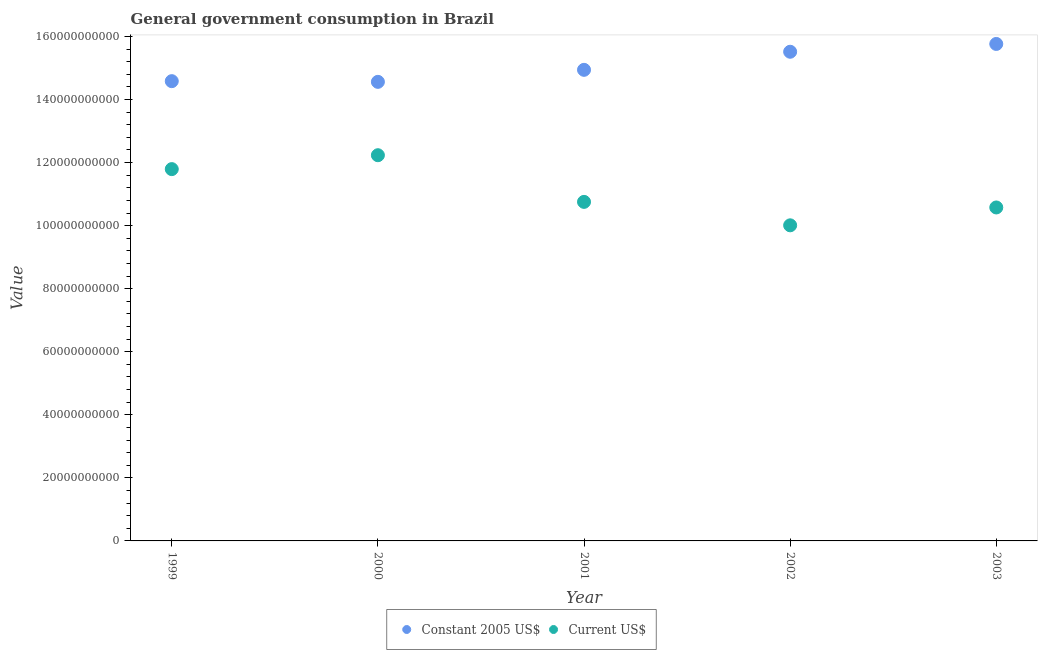
| Year | Constant 2005 US$ | Current US$ |
 | --- | --- | --- |
 | 1999 | 1.46e+11 | 1.18e+11 |
 | 2000 | 1.46e+11 | 1.22e+11 |
 | 2001 | 1.49e+11 | 1.08e+11 |
 | 2002 | 1.55e+11 | 1e+11 |
 | 2003 | 1.58e+11 | 1.06e+11 |